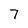
Character: 7